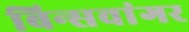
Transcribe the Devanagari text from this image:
बिन्सवांगर